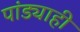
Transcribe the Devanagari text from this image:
पांड्याही